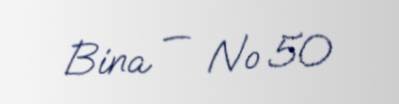
Bina — № 50